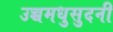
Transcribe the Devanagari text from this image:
उच्चमधुसुदनी